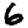
Digit: 6